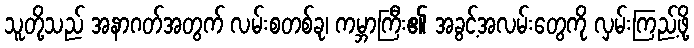
သူတို့သည် အနာဂတ်အတွက် လမ်းစတစ်ခု၊ ကမ္ဘာကြီး၏ အခွင့်အလမ်းတွေကို လှမ်းကြည့်ဖို့